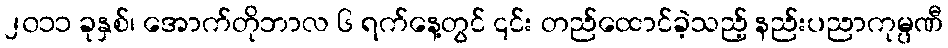
၂၀၁၁ ခုနှစ်၊ အောက်တိုဘာလ ၆ ရက်နေ့တွင် ၎င်း တည်ထောင်ခဲ့သည့် နည်းပညာကုမ္ပဏီ